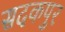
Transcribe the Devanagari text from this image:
सदकपुर